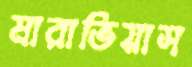
মারাভিয়াস